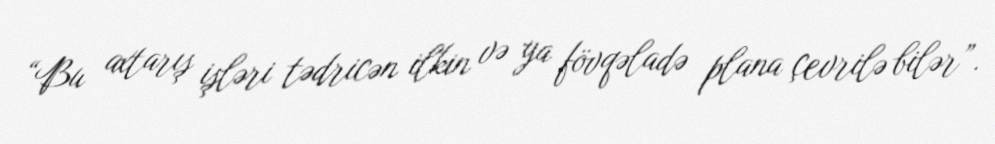
“Bu axtarış işləri tədricən ilkin və ya fövqəladə plana çevrilə bilər”.